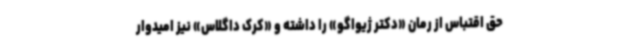
حق اقتباس از رمان «دکتر ژیواگو» را داشته و «کرک داگلاس» نیز امیدوار